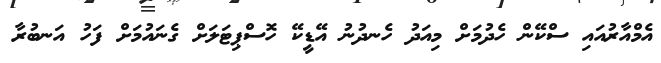
އެމްއާރުއައި ސްކޭން ހެދުމަށް މިއަދު ހެނދުނު އޭޑީކޭ ހޮސްޕިޓަލަށް ގެނައުމަށް ފަހު އަނބުރާ